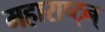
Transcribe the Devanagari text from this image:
महाराष्ट्न्